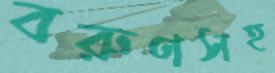
বরুণসহ